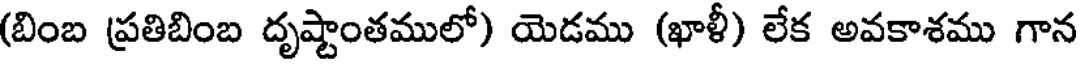
(బింబ ప్రతిబింబ దృష్టాంతములో) యెడము (ఖాళీ) లేక అవకాశము గాన